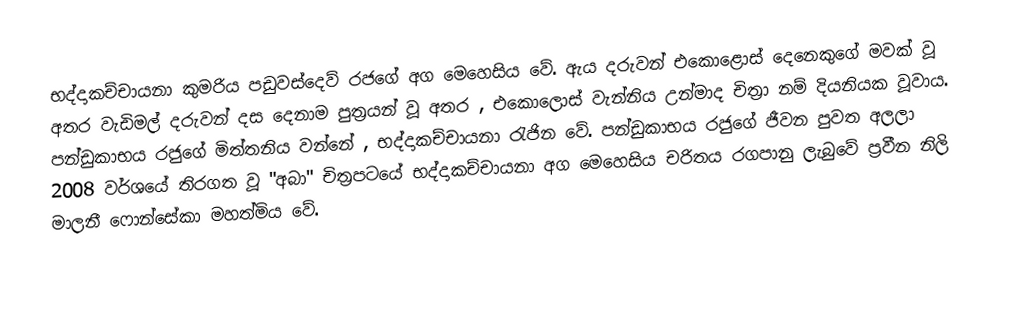
භද්දාකච්චායනා කුමරිය පඩුවස්දෙව් රජගේ අග මෙහෙසිය වේ. ඇය දරුවන් එකොළොස් දෙනෙකුගේ මවක් වූ අතර වැඩිමල් දරුවන් දස දෙනාම පුත්‍රයන් වූ අතර , එකොලොස් වැන්නිය උන්මාද චිත්‍රා නම් දියනියක වූවාය. පන්ඩුකාභය රජුගේ මිත්තනිය වන්නේ , භද්දාකච්චායනා රැජින වේ. පන්ඩුකාභය රජුගේ ජීවන පුවත අලලා 2008 වර්ශයේ තිරගත වූ "අබා" චිත්‍රපටයේ භද්දාකච්චායනා අග මෙහෙසිය චරිතය රගපානු ලැබුවේ ප්‍රවීන නිලි මාලනී ෆොන්සේකා මහත්මිය වේ.